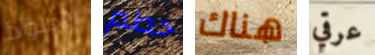
الجلود حطم هناك عرقي